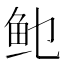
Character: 𲍆